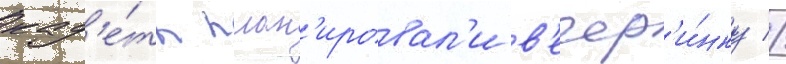
кад'е́ты план'ировал'и в'ечер'и́нку //